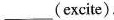
___(excite).